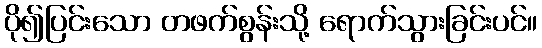
ပို၍ပြင်းသော တဖက်စွန်းသို့ ရောက်သွားခြင်းပင်။